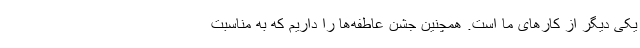
یکی دیگر از کارهای ما است. همچنین جشن عاطفه‌ها را داریم که به مناسبت